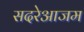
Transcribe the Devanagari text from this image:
सदरेआजम